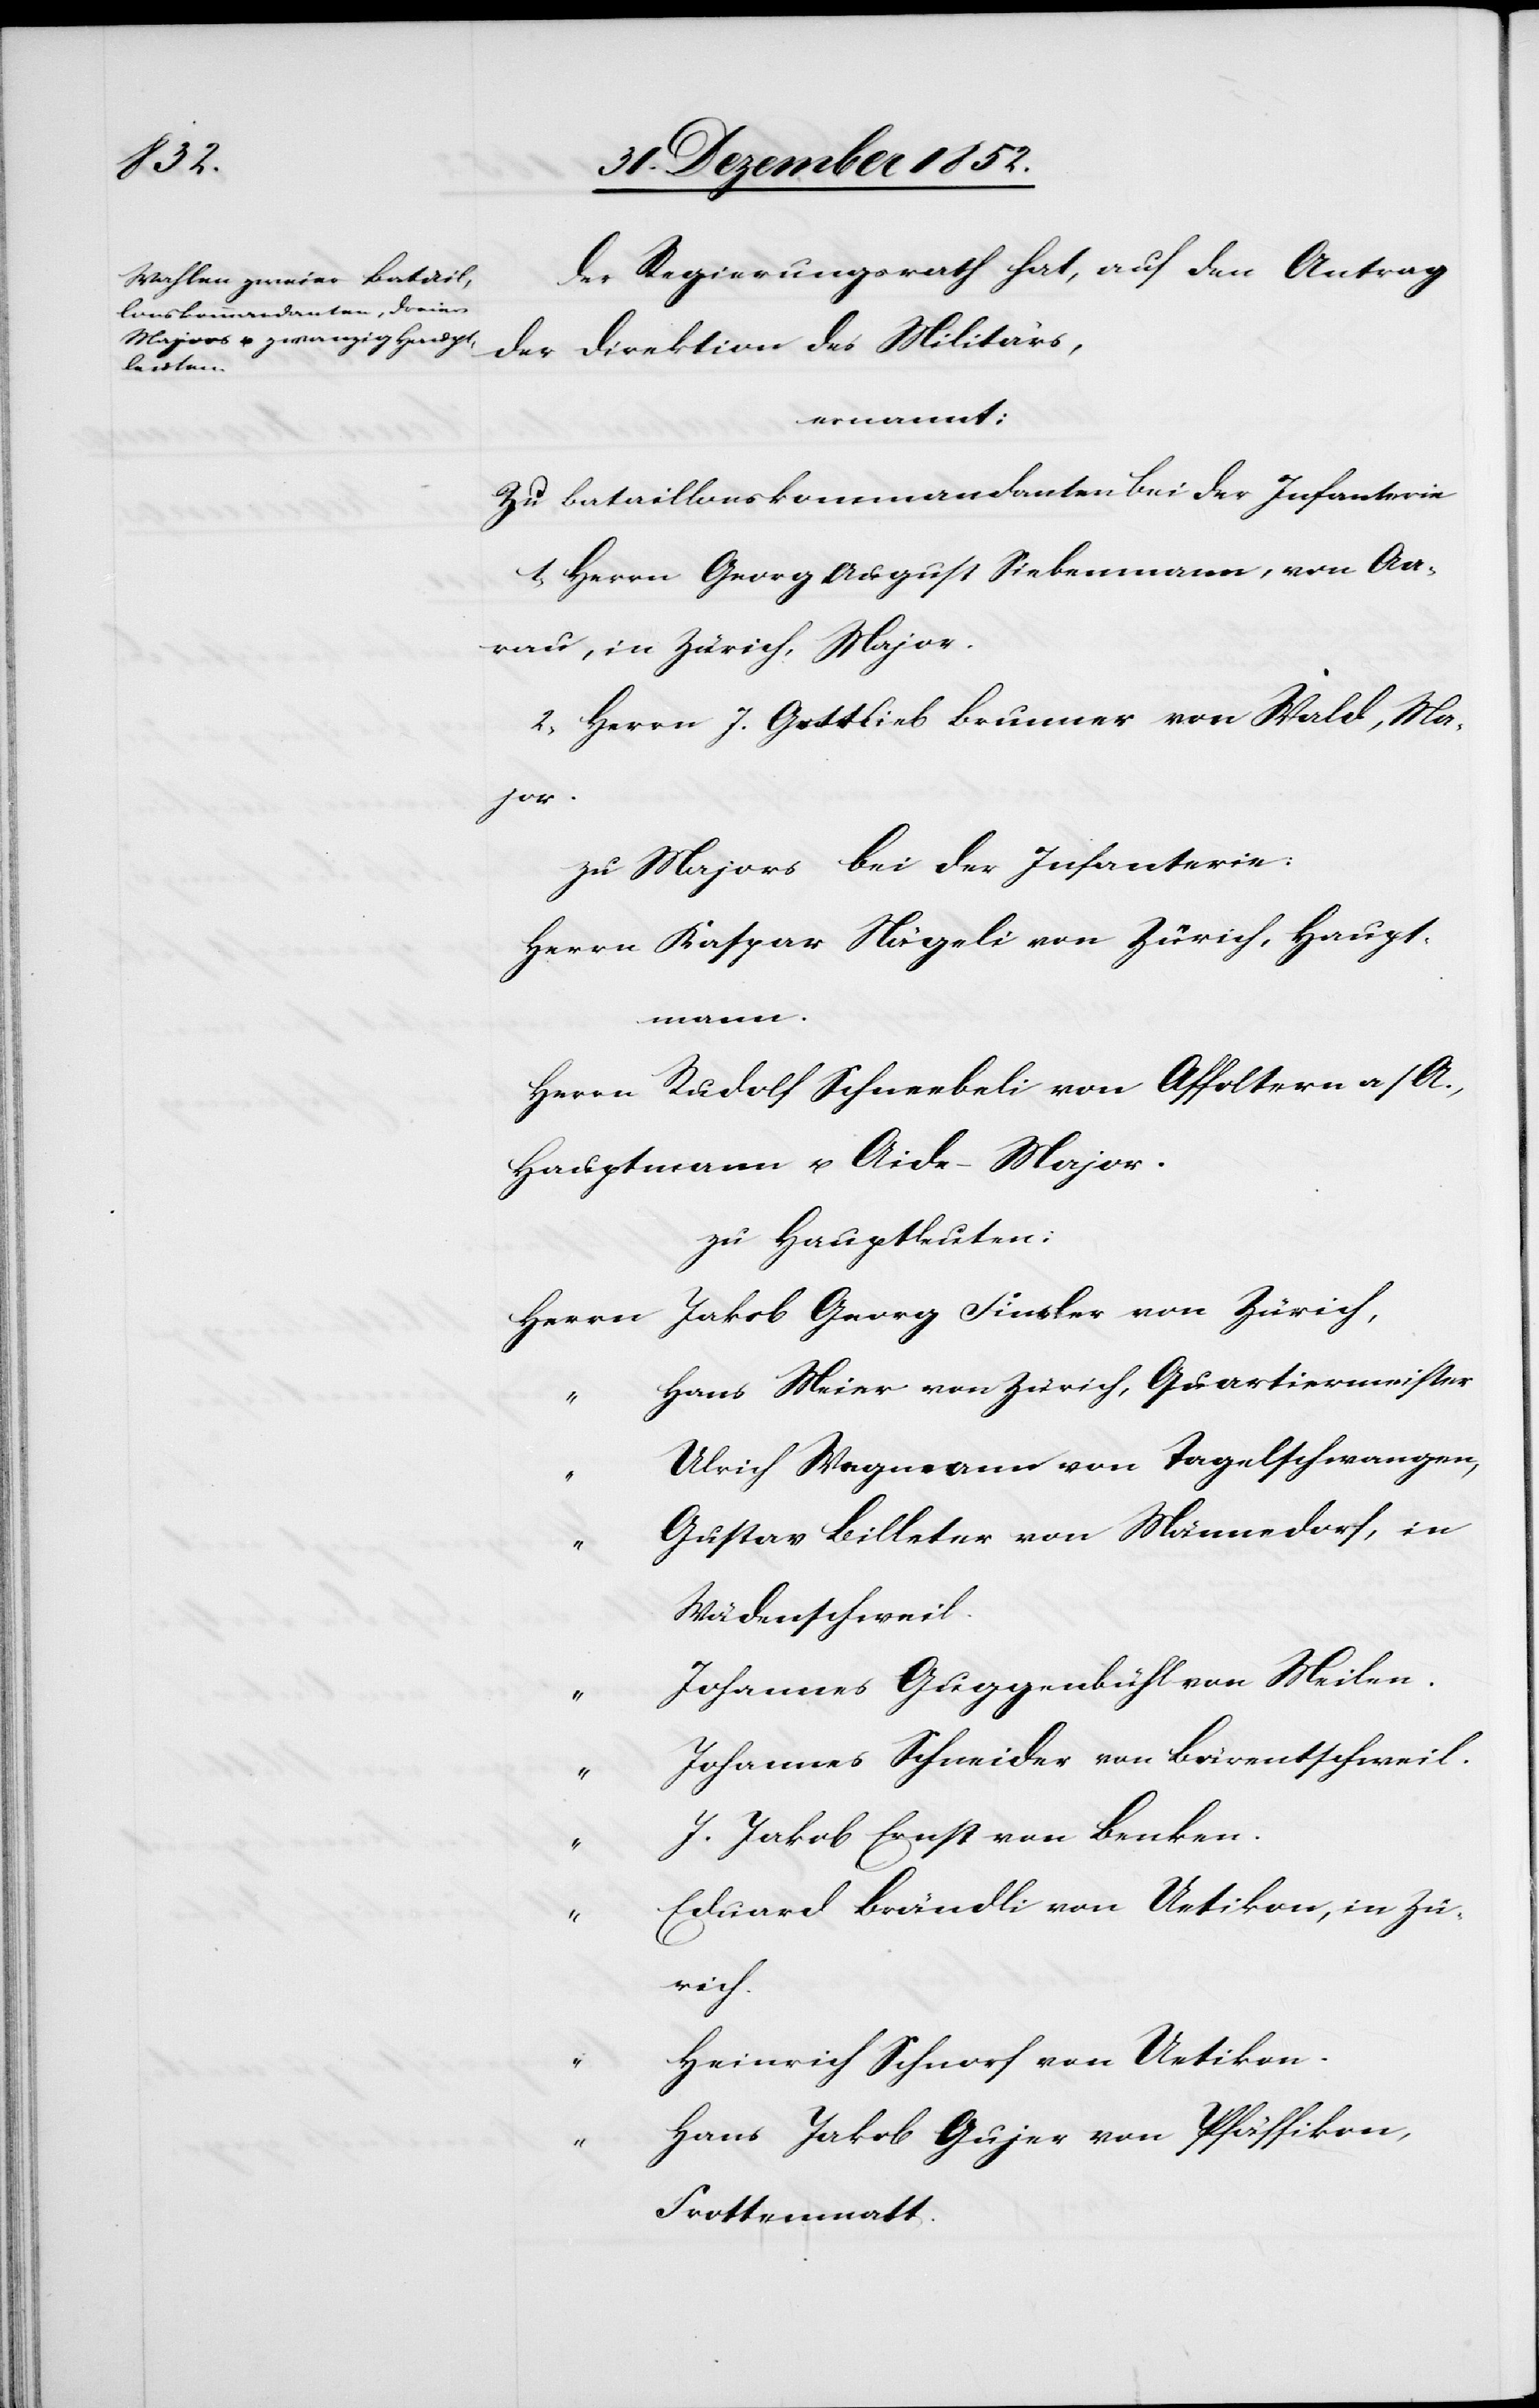
Der Regierungsrath hat, auf den Antrag
der Direktion des Militärs,
Zu Bataillonskommandanten bei der Infanterie
1, Herrn Georg August Siebenmann, von Aa¬
rau, in Zürich, Major.
2, Herrn J. Gottlieb Brunner von Wald, Ma¬
von
zu Majors bei der Infanterie:
Herrn Kaspar Nägeli von Zürich, Haupt¬
Finsler
Herrn Rudolf Schneebeli von Affoltern a/A.,
Hauptmann u. Aide-Major.
zu Hauptleuten:
Hans Meier von Zürich, Quartiermeister
Ulrich Wegmann von Tagelschwangen,
Gustav Billeter von Männedorf, in
Wädenschweil.
Johannes Guggenbühl von Meilen.
Johannes Schneider von Bärentschweil.
“
J. Jakob Ernst von Benken.
Eduard Brändli von Uetikon, in Zü¬
rich.
Heinrich Schnorf von Uetikon.
Hans Jakob Gujer von Pfäffikon,
Frottenmatt.